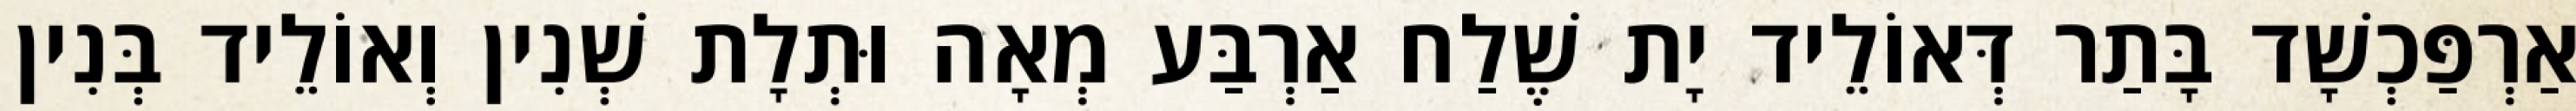
אַרְפַּכְשָׁד בָּתַר דְּאוֹלֵיד יָת שֶׁלַח אַרְבַּע מְאָה וּתְלָת שְׁנִין וְאוֹלֵיד בְּנִין